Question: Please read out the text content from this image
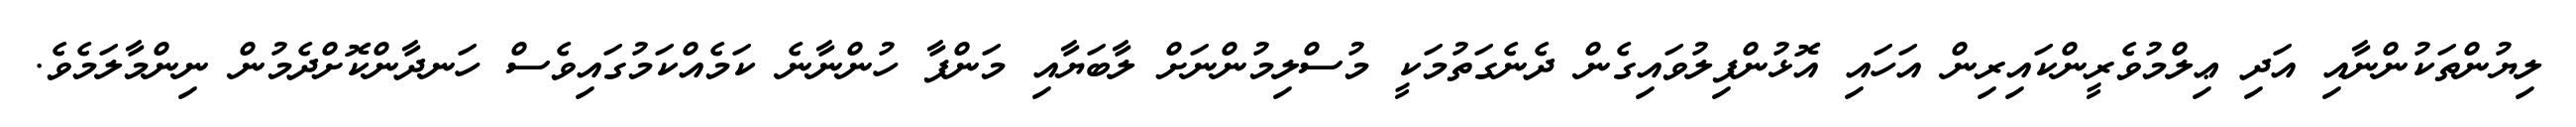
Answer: ލިޔުންތަކުންނާއި އަދި ޢިލްމުވެރީންކައިރިން އަހައި އޮޅުންފިލުވައިގެން ދެނެގަތުމަކީ މުސްލިމުންނަށް ލާބަޔާއި މަންފާ ހުންނާނެ ކަމެއްކަމުގައިވެސް ހަނދާންކޮށްދެމުން ނިންމާލަމެވެ.